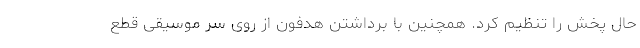
حال پخش را تنظیم کرد. همچنین با برداشتن هدفون از روی سر موسیقی قطع